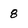
Character: 8